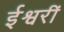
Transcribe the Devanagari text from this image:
ईश्वरीं